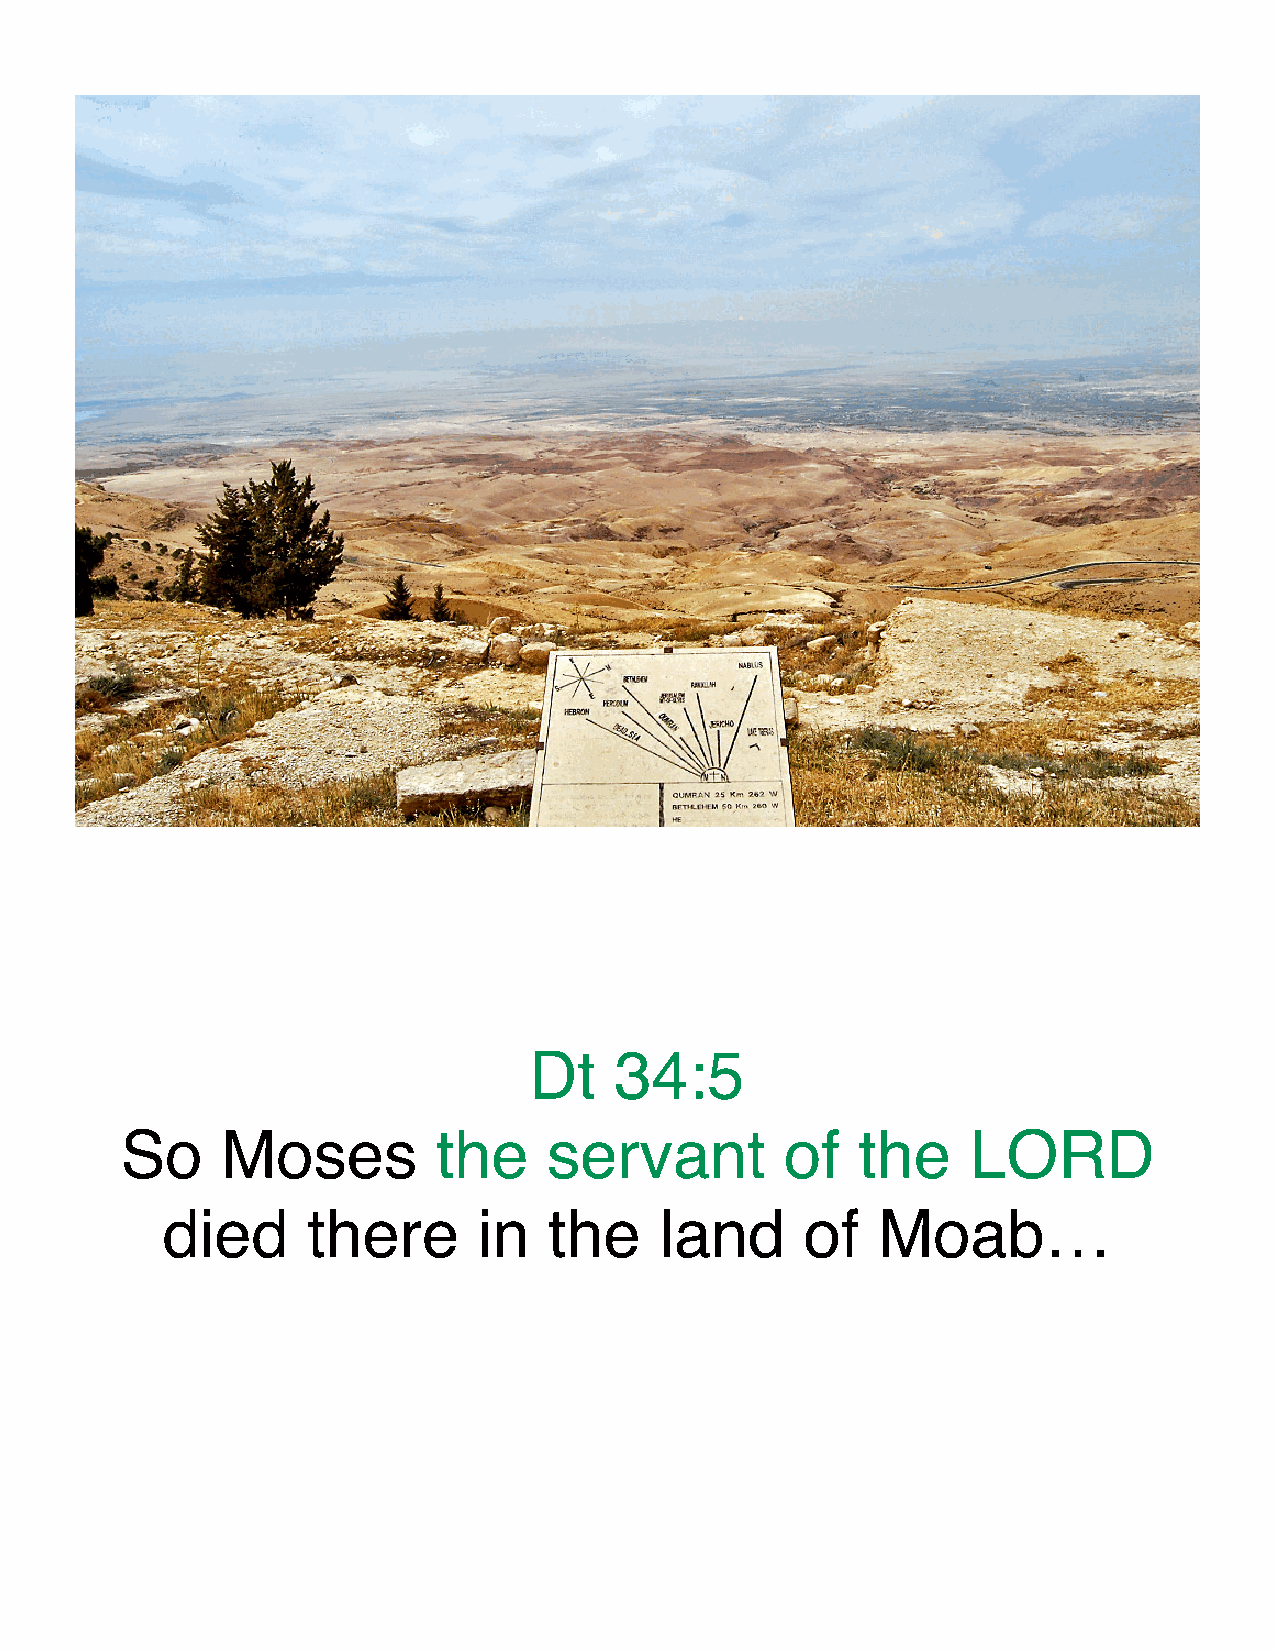
Dt    34:5
 So     Moses         the    servant         of   the    LORD
 died     there       in  the     land     of   Moab…